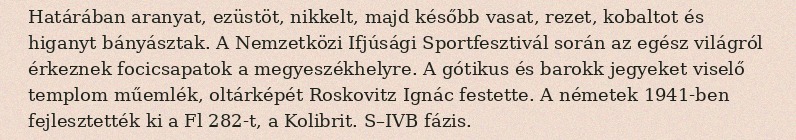
Határában aranyat, ezüstöt, nikkelt, majd később vasat, rezet, kobaltot és higanyt bányásztak. A Nemzetközi Ifjúsági Sportfesztivál során az egész világról érkeznek focicsapatok a megyeszékhelyre. A gótikus és barokk jegyeket viselő templom műemlék, oltárképét Roskovitz Ignác festette. A németek 1941-ben fejlesztették ki a Fl 282-t, a Kolibrit. S–IVB fázis.